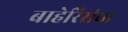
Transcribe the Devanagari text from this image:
बाहेरिसंचा